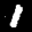
Label: 1